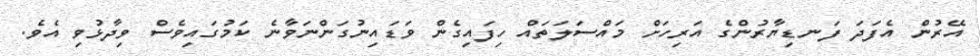
އޭރުން އެފަދަ ފަނޑިޔާރުންގެ އަރިހަށް މައްސަލަތައް ހިފައިގެން ވަޑައިނުގަންނަވާނެ ކަމުގައިވެސް ވިދާޅުވި އެވެ.